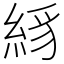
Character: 絼